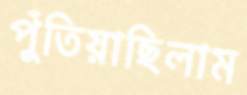
পুঁতিয়াছিলাম